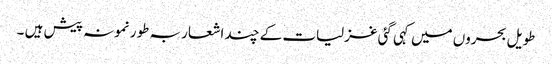
طویل بحروں میں کہی گئی غزلیات کے چند اشعار بہ طور نمونہ پیش ہیں ۔